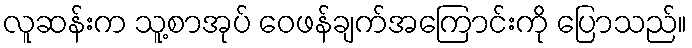
လူဆန်းက သူ့စာအုပ် ဝေဖန်ချက်အကြောင်းကို ပြောသည်။